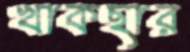
খাকছার